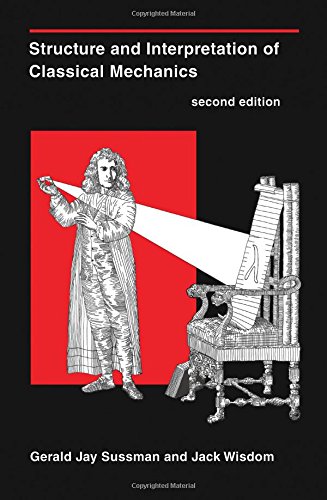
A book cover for Structure and Interpretation of Classical Mechanics; Gerald Jay Sussman; Computers & Technology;